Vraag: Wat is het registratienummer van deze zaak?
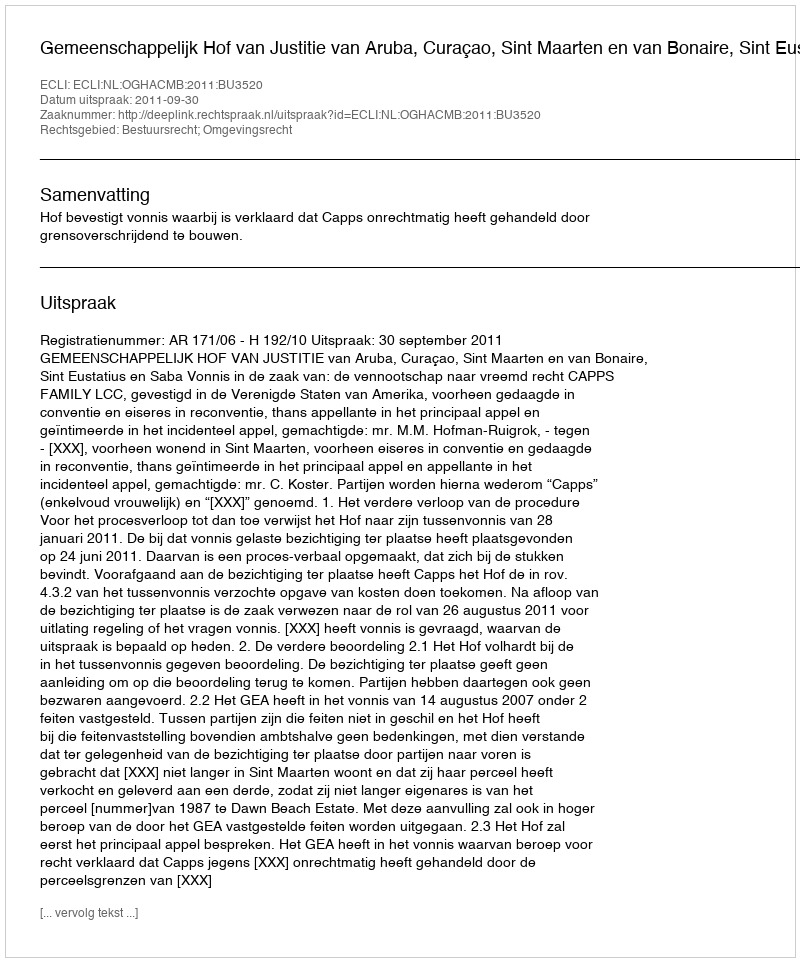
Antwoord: http://deeplink.rechtspraak.nl/uitspraak?id=ECLI:NL:OGHACMB:2011:BU3520